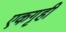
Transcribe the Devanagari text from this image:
एकगृही